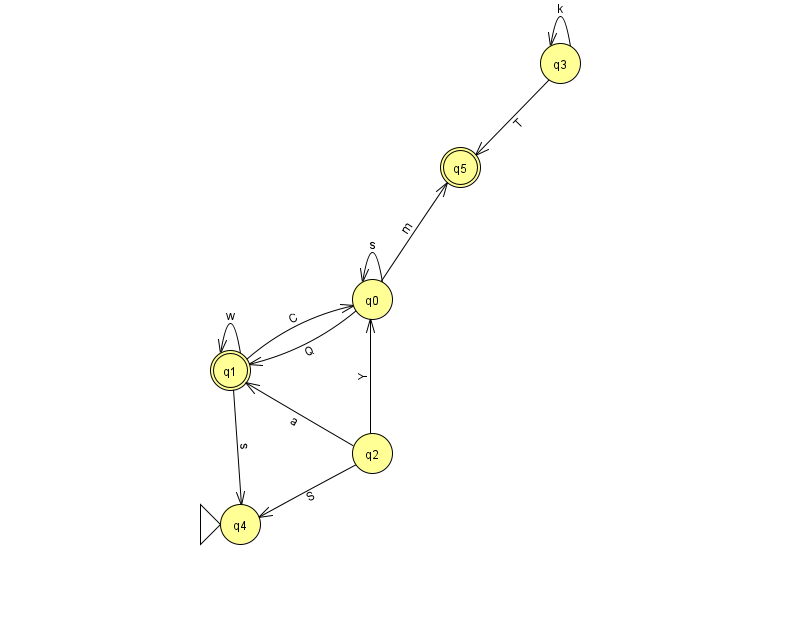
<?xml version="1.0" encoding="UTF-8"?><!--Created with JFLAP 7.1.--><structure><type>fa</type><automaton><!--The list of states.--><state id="0" name="q0"><x>372.0</x><y>286.0</y></state><state id="1" name="q1"><x>230.0</x><y>357.0</y><final/></state><state id="2" name="q2"><x>372.0</x><y>440.0</y></state><state id="3" name="q3"><x>560.0</x><y>50.0</y></state><state id="4" name="q4"><x>240.0</x><y>511.0</y><initial/></state><state id="5" name="q5"><x>460.0</x><y>154.0</y><final/></state><!--The list of transitions.--><transition><from>0</from><to>0</to><read>s</read></transition><transition><from>0</from><to>5</to><read>m</read></transition><transition><from>1</from><to>4</to><read>s</read></transition><transition><from>1</from><to>1</to><read>w</read></transition><transition><from>2</from><to>4</to><read>S</read></transition><transition><from>3</from><to>5</to><read>T</read></transition><transition><from>2</from><to>0</to><read>Y</read></transition><transition><from>3</from><to>3</to><read>k</read></transition><transition><from>1</from><to>0</to><read>C</read></transition><transition><from>2</from><to>1</to><read>a</read></transition><transition><from>0</from><to>1</to><read>Q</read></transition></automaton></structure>